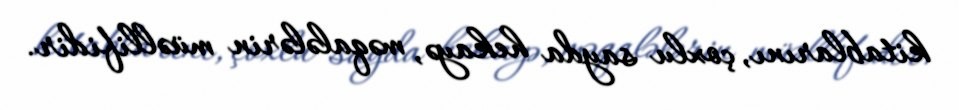
kitablarını, çoxlu sayda hekayə, məqalələrin müəllifidir.